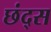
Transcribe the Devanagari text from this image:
छंद्स